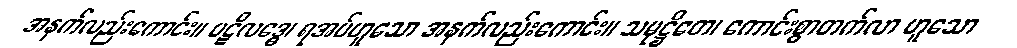
အနက်လည်းကောင်း။ ပဋိလဒ္ဓေ၊ ရအပ်ဟူသော အနက်လည်းကောင်း။ သမုဋ္ဌိတေ၊ ကောင်းစွာတက်လာ ဟူသော